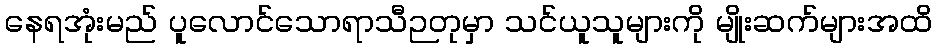
နေရအုံးမည် ပူလောင်သောရာသီဉတုမှာ သင်ယူသူများကို မျိုးဆက်များအထိ